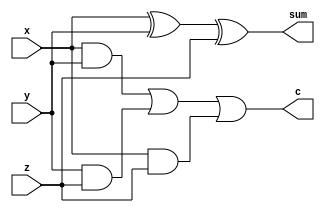
// 1-bit Full Adder in Verilog

module adder(x,y,z,sum,c);
input x,y,z;
output sum,c;
wire sum,c;

assign sum=x^y^z;
assign c=((x&y) | (y&z) | (x&z));

endmodule